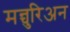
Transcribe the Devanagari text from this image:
मन्चुरिअन